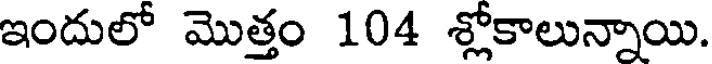
ఇందులో మొత్తం 104 శ్లోకాలున్నాయి.